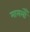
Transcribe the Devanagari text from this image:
मामलोँ